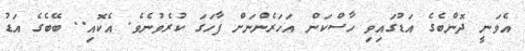
އެވަނީ ދޮންބެގެ އަޑުގައިވި ހާސްކަން އަހަރެންނަށް ފާހަގަ ކުރެވުނެވެ. އެކޮއި.. ބޭބެގެ އަޑު